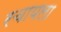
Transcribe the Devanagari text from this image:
रचायला